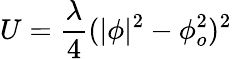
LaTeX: U=\frac{\lambda}{4}(|\phi|^{2}-\phi_{o}^{2})^{2}